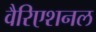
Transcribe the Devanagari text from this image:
वैरिएशनल